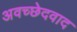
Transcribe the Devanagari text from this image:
अवच्छेदवाद